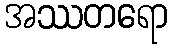
အဿတရော